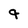
Character: q